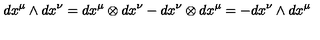
d x ^ { \mu } \wedge d x ^ { \nu } = d x ^ { \mu } \otimes d x ^ { \nu } - d x ^ { \nu } \otimes d x ^ { \mu } = - d x ^ { \nu } \wedge d x ^ { \mu }